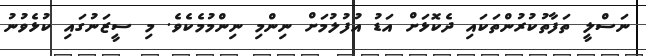
ނަސްލީ ތަފާތުކުރުންތަކައި ދެކޮޅަށް އަޑު އުފުލުމަށް ނިންމި ނިންމުމެކެވެ. މި ސީޒަނުގައި ކުޅެވުނު